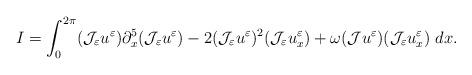
LaTeX: \begin{align*}I=\int_{0}^{2\pi}(\mathcal{J}_{\varepsilon}u^{\varepsilon})\partial_{x}^{5}(\mathcal{J}_{\varepsilon}u^{\varepsilon})-2(\mathcal{J}_{\varepsilon}u^{\varepsilon})^{2}(\mathcal{J}_{\varepsilon}u^{\varepsilon}_{x})+\omega(\mathcal{J}u^{\varepsilon})(\mathcal{J}_{\varepsilon}u^{\varepsilon}_{x})\ dx.\end{align*}